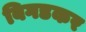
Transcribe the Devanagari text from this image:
बिगडकर